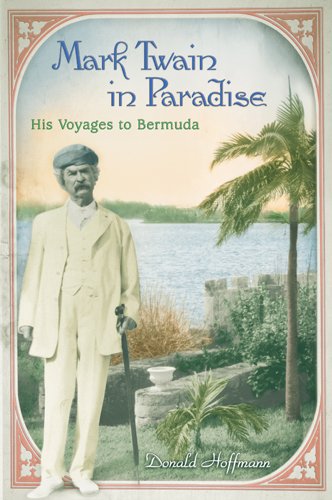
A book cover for Mark Twain in Paradise: His Voyages to Bermuda (MARK TWAIN & HIS CIRCLE); Donald Hoffmann; Travel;